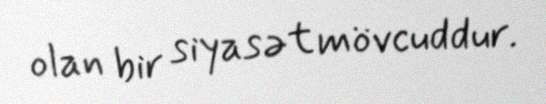
olan bir siyasət mövcuddur.